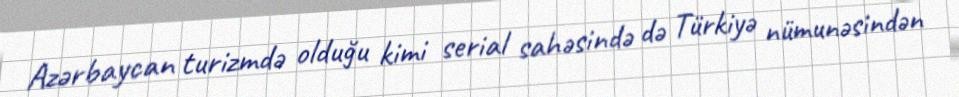
Azərbaycan turizmdə olduğu kimi serial sahəsində də Türkiyə nümunəsindən